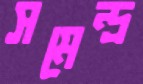
সমেন্দ্র